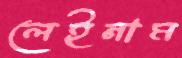
লেইনাম